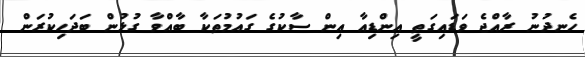
ހެނދުނު ރާއްޖެ ވަޑައިގަތީ އިންޑިއާ އިން ސާކުގެ ގައުމުތަކާ ބާއްވާ ގުޅުން ބަދަހިކުރަން